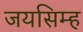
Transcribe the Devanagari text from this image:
जयसिम्ह